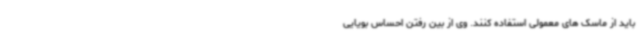
باید از ماسک های معمولی استفاده کنند. وی از بین رفتن احساس بویایی